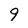
Character: 9